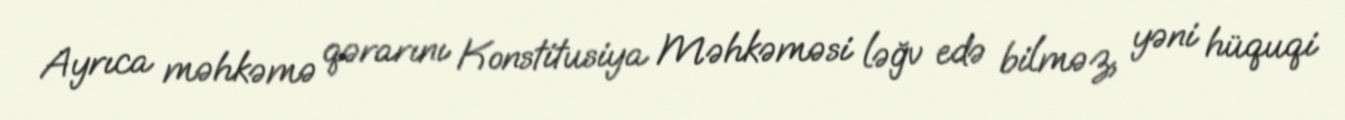
Ayrıca məhkəmə qərarını Konstitusiya Məhkəməsi ləğv edə bilməz, yəni hüquqi